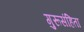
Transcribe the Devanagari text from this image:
गुरूसंहिता